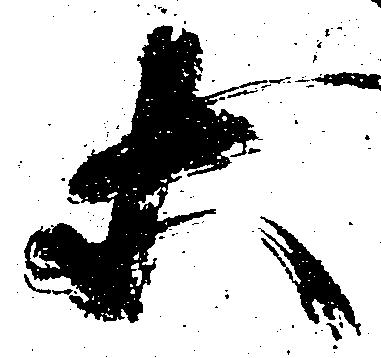
等